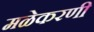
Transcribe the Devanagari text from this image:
मळेकरणी